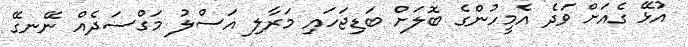
އުޅޭ ގެއަށް ވަދެ އެމީހުންގެ ބޮލަށް ބަޑިޖަހައި މަރާލި އަސްލު މަގްސަދެއް ނޭނގޭ